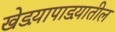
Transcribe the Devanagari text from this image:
खेडय़ापाडय़ातील